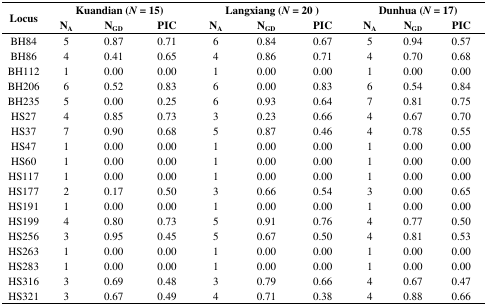
<table><thead><tr><td rowspan="2"><b>Locus</b></td><td colspan="3"><b>Kuandian (<i>N</i> = 15)</b></td><td colspan="3"><b>Langxiang (<i>N</i> = 20)</b></td><td colspan="3"><b>Dunhua (<i>N</i> = 17)</b></td></tr><tr><td><b>N<sub>A</sub></b></td><td><b>N<sub>GD</sub></b></td><td><b>PIC</b></td><td><b>N<sub>A</sub></b></td><td><b>N<sub>GD</sub></b></td><td><b>PIC</b></td><td><b>N<sub>A</sub></b></td><td><b>N<sub>GD</sub></b></td><td><b>PIC</b></td></tr></thead><tbody><tr><td>BH84</td><td>5</td><td>0.87</td><td>0.71</td><td>6</td><td>0.84</td><td>0.67</td><td>5</td><td>0.94</td><td>0.57</td></tr><tr><td>BH86</td><td>4</td><td>0.41</td><td>0.65</td><td>4</td><td>0.86</td><td>0.71</td><td>4</td><td>0.70</td><td>0.68</td></tr><tr><td>BH112</td><td>1</td><td>0.00</td><td>0.00</td><td>1</td><td>0.00</td><td>0.00</td><td>1</td><td>0.00</td><td>0.00</td></tr><tr><td>BH206</td><td>6</td><td>0.52</td><td>0.83</td><td>6</td><td>0.00</td><td>0.83</td><td>6</td><td>0.54</td><td>0.84</td></tr><tr><td>BH235</td><td>5</td><td>0.00</td><td>0.25</td><td>6</td><td>0.93</td><td>0.64</td><td>7</td><td>0.81</td><td>0.75</td></tr><tr><td>HS27</td><td>4</td><td>0.85</td><td>0.73</td><td>3</td><td>0.23</td><td>0.66</td><td>4</td><td>0.67</td><td>0.70</td></tr><tr><td>HS37</td><td>7</td><td>0.90</td><td>0.68</td><td>5</td><td>0.87</td><td>0.46</td><td>4</td><td>0.78</td><td>0.55</td></tr><tr><td>HS47</td><td>1</td><td>0.00</td><td>0.00</td><td>1</td><td>0.00</td><td>0.00</td><td>1</td><td>0.00</td><td>0.00</td></tr><tr><td>HS60</td><td>1</td><td>0.00</td><td>0.00</td><td>1</td><td>0.00</td><td>0.00</td><td>1</td><td>0.00</td><td>0.00</td></tr><tr><td>HS117</td><td>1</td><td>0.00</td><td>0.00</td><td>1</td><td>0.00</td><td>0.00</td><td>1</td><td>0.00</td><td>0.00</td></tr><tr><td>HS177</td><td>2</td><td>0.17</td><td>0.50</td><td>3</td><td>0.66</td><td>0.54</td><td>3</td><td>0.00</td><td>0.65</td></tr><tr><td>HS191</td><td>1</td><td>0.00</td><td>0.00</td><td>1</td><td>0.00</td><td>0.00</td><td>1</td><td>0.00</td><td>0.00</td></tr><tr><td>HS199</td><td>4</td><td>0.80</td><td>0.73</td><td>5</td><td>0.91</td><td>0.76</td><td>4</td><td>0.77</td><td>0.50</td></tr><tr><td>HS256</td><td>3</td><td>0.95</td><td>0.45</td><td>5</td><td>0.67</td><td>0.50</td><td>4</td><td>0.81</td><td>0.53</td></tr><tr><td>HS263</td><td>1</td><td>0.00</td><td>0.00</td><td>1</td><td>0.00</td><td>0.00</td><td>1</td><td>0.00</td><td>0.00</td></tr><tr><td>HS283</td><td>1</td><td>0.00</td><td>0.00</td><td>1</td><td>0.00</td><td>0.00</td><td>1</td><td>0.00</td><td>0.00</td></tr><tr><td>HS316</td><td>3</td><td>0.69</td><td>0.48</td><td>3</td><td>0.79</td><td>0.66</td><td>4</td><td>0.67</td><td>0.47</td></tr><tr><td>HS321</td><td>3</td><td>0.67</td><td>0.49</td><td>4</td><td>0.71</td><td>0.38</td><td>4</td><td>0.88</td><td>0.66</td></tr></tbody></table>